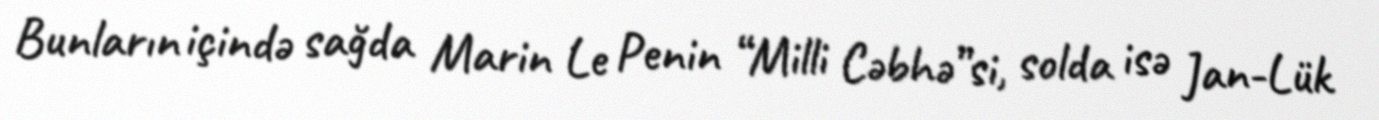
Bunların içində sağda Marin Le Penin “Milli Cəbhə”si, solda isə Jan-Lük